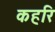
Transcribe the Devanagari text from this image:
कहरि